Plague in India, 1896, 1897 - Volume 2
Year: 1896
Disease focus: Plague
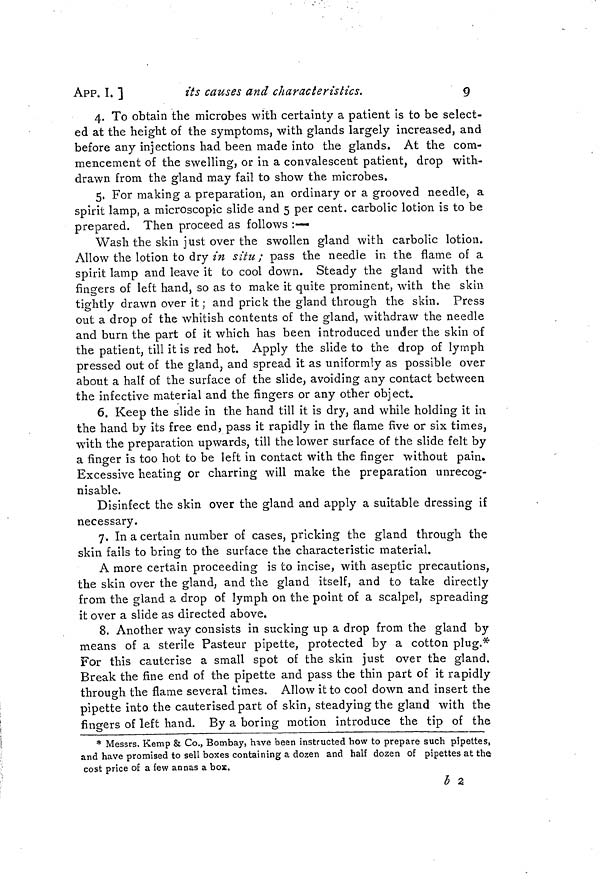
9
APP. I. ]
its causes and characteristics.
4. To obtain the microbes with certainty a patient is to be select-
ed at the height of the symptoms, with glands largely increased, and
before any injections had been made into the glands. At the com-
mencement of the swelling, or in a convalescent patient, drop with-
drawn from the gland may fail to show the microbes.
5. For making a preparation, an ordinary or a grooved needle, a
spirit lamp, a microscopic slide and 5 per cent, carbolic lotion is to be
prepared. Then proceed as follows :—
Wash the skin just over the swollen gland with carbolic lotion.
Allow the lotion to dry in situ; pass the needle in the flame of a
spirit lamp and leave it to cool down. Steady the gland with the
fingers of left hand, so as to make it quite prominent, with the skin
tightly drawn over it ; and prick the gland through the skin. Press
out a drop of the whitish contents of the gland, withdraw the needle
and burn the part of it which has been introduced under the skin of
the patient, till it is red hot. Apply the slide to the drop of lymph
pressed out of the gland, and spread it as uniformly as possible over
about a half of the surface of the slide, avoiding any contact between
the infective material and the fingers or any other object.
6. Keep the slide in the hand till it is dry, and while holding it in
the hand by its free end, pass it rapidly in the flame five or six times,
with the preparation upwards, till the lower surface of the slide felt by
a finger is too hot to be left in contact with the finger without pain.
Excessive heating or charring will make the preparation unrecog-
nisable.
Disinfect the skin over the gland and apply a suitable dressing if
necessary.
7. In a certain number of cases, pricking the gland through the
skin fails to bring to the surface the characteristic material.
A more certain proceeding is to incise, with aseptic precautions,
the skin over the gland, and the gland itself, and to take directly
from the gland a drop of lymph on the point of a scalpel, spreading
it over a slide as directed above.
8. Another way consists in sucking up a drop from the gland by
means of a sterile Pasteur pipette, protected by a cotton plug.*
For this cauterise a small spot of the skin just over the gland.
Break the fine end of the pipette and pass the thin part of it rapidly
through the flame several times. Allow it to cool down and insert the
pipette into the cauterised part of skin, steadying the gland with the
fingers of left hand. By a boring motion introduce the tip of the
* Messrs. Kemp & Co., Bombay, have been instructed how to prepare such pipettes,
and have promised to sell boxes containing a dozen and half dozen of pipettes at the
cost price of a few annas a box.
b 2